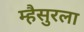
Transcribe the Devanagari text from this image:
म्हैसुरला